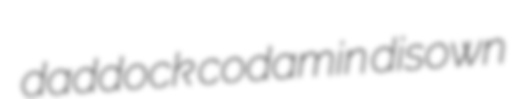
daddock codamin disown